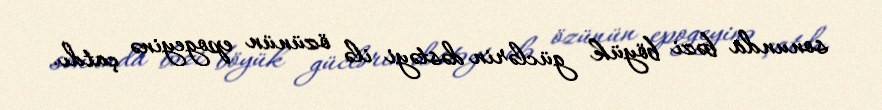
sonunda bəzi böyük güclərin dəstəyi ilə özünün epogeyinə çatdı.